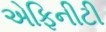
એફિનીટી